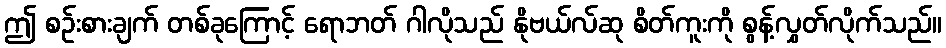
ဤ စဉ်းစားချက် တစ်ခုကြောင့် ရောဘတ် ဂါလိုသည် နိုဗယ်လ်ဆု စိတ်ကူးကို စွန့်လွှတ်လိုက်သည်။